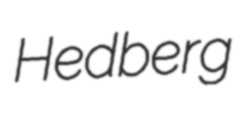
Hedberg